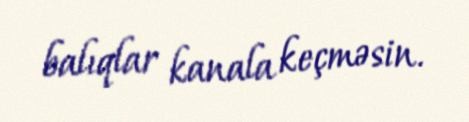
balıqlar kanala keçməsin.